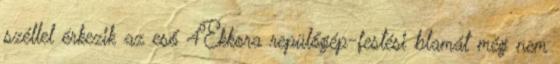
széllel érkezik az eső 4Ekkora repülőgép-festési blamát még nem